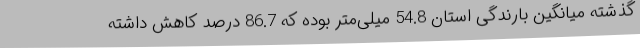
گذشته میانگین بارندگی استان 54.8 میلی‌متر بوده که 86.7 درصد کاهش داشته